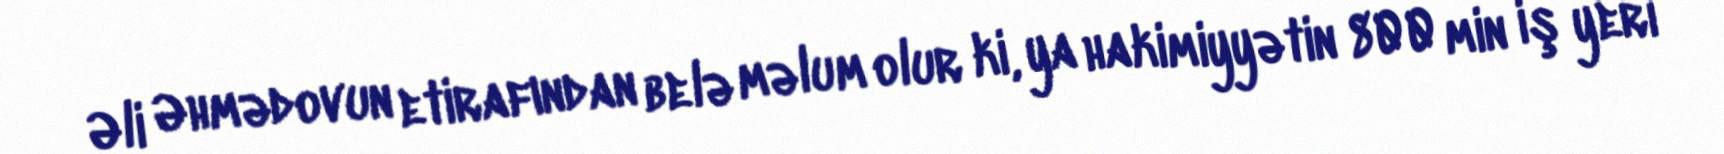
Əli Əhmədovun etirafından belə məlum olur ki, ya hakimiyyətin 800 min iş yeri